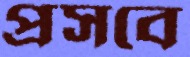
প্রসবে